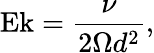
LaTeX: \mathrm{Ek}=\frac{\nu}{2\Omega d^{2}},